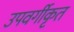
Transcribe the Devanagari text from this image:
उपवर्गीकृत